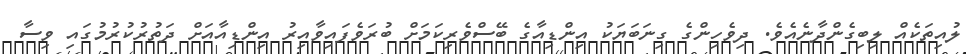
ލުއިތަކެއް ލިބިގެންދާނެއެވެ. ދިވެހިންގެ ގިނަބަޔަކު އިންޑިއާގެ ބޭސްވެރިކަމަށް ބުރަވެފައިވާއިރު އިންޑިއާއަށް ދަތުރުކުރުމުގައި ވިސާ